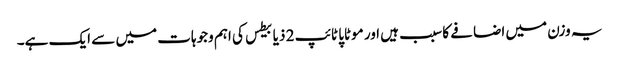
یہ وزن میں اضافے کا سبب ہیں اور موٹاپا ٹائپ 2 ذیابیطس کی اہم وجوہات میں سے ایک ہے۔